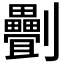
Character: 𠠯